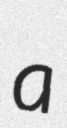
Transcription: a